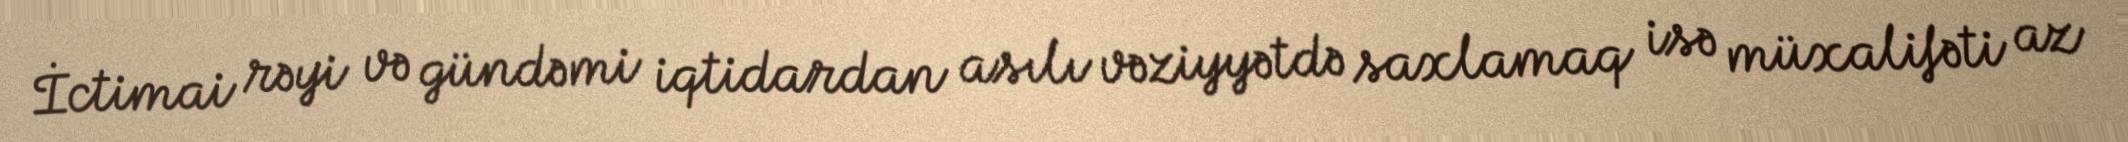
İctimai rəyi və gündəmi iqtidardan asılı vəziyyətdə saxlamaq isə müxalifəti az